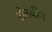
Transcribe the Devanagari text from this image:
टोलकीय